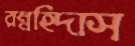
রম্নহিদাস